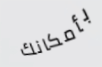
بأمكانك